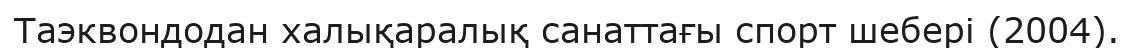
Таэквондодан халықаралық санаттағы спорт шебері (2004).